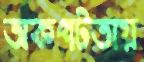
অকপটতায়